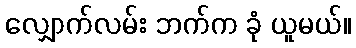
လျှောက်လမ်း ဘက်က ခုံ ယူမယ်။